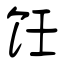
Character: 饪